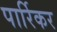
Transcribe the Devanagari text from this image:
पार्रिकर